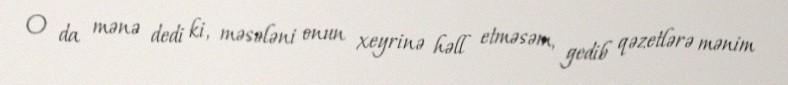
O da mənə dedi ki, məsələni onun xeyrinə həll etməsəm, gedib qəzetlərə mənim